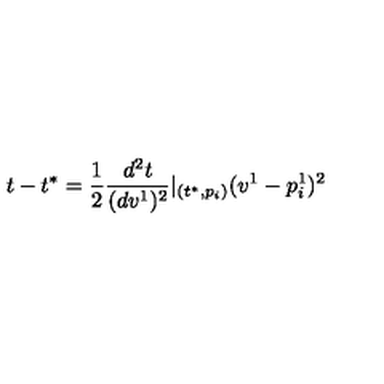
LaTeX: t - t ^ { * } = \frac 1 2 \frac { d ^ { 2 } t } { ( d v ^ { 1 } ) ^ { 2 } } | _ { ( t ^ { * } , p _ { i } ) } ( v ^ { 1 } - p _ { i } ^ { 1 } ) ^ { 2 }